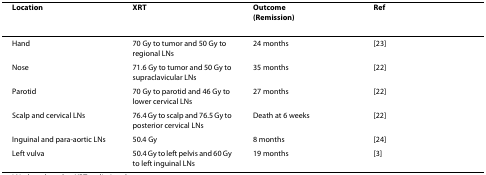
| Location | XRT | Outcome(Remission) | Ref |
 | --- | --- | --- | --- |
 | Hand | 70 Gy to tumor and 50 Gy to regional LNs | 24 months | [23] |
 | Nose | 71.6 Gy to tumor and 50 Gy to supraclavicular LNs | 35 months | [22] |
 | Parotid | 70 Gy to parotid and 46 Gy to lower cervical LNs | 27 months | [22] |
 | Scalp and cervical LNs | 76.4 Gy to scalp and 76.5 Gy to posterior cervical LNs | Death at 6 weeks | [22] |
 | Inguinal and para-aortic LNs | 50.4 Gy | 8 months | [24] |
 | Left vulva | 50.4 Gy to left pelvis and 60 Gy to left inguinal LNs | 19 months | [3] |